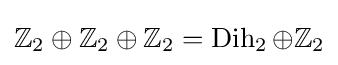
\mathbb {Z} _{2}\oplus \mathbb {Z} _{2}\oplus \mathbb {Z} _{2}=\operatorname {Dih} _{2}\oplus \mathbb {Z} _{2}